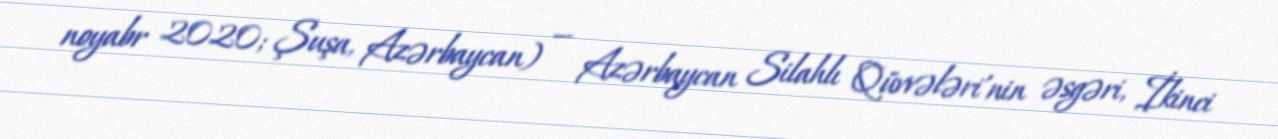
noyabr 2020; Şuşa, Azərbaycan) — Azərbaycan Silahlı Qüvvələri'nin əsgəri, İkinci